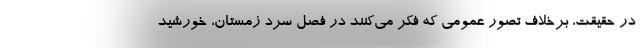
در حقیقت، برخلاف تصور عمومی که فکر می‌کنند در فصل سرد زمستان، خورشید